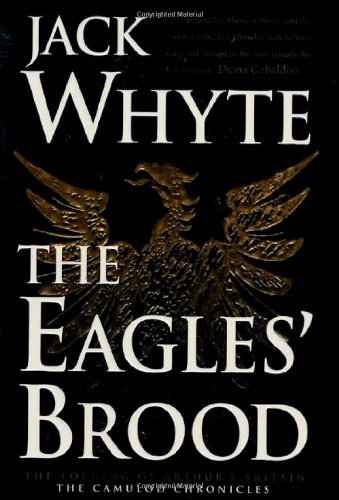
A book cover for The Eagles' Brood (The Camulod Chronicles, Book 3); Jack Whyte; Science Fiction & Fantasy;